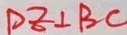
D E \bot B C